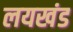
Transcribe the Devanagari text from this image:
लयखंड